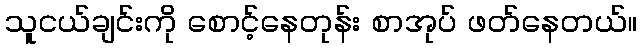
သူငယ်ချင်းကို စောင့်နေတုန်း စာအုပ် ဖတ်နေတယ်။